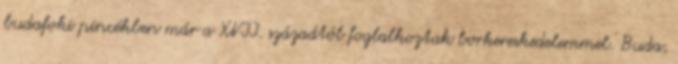
budafoki pincékben már a XVII. századtól foglalkoztak borkereskedelemmel. Buda,